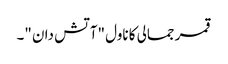
قمر جمالی کا ناول "آتش دان "۔